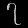
Digit: ၇